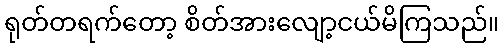
ရုတ်တရက်တော့ စိတ်အားလျော့ငယ်မိကြသည်။